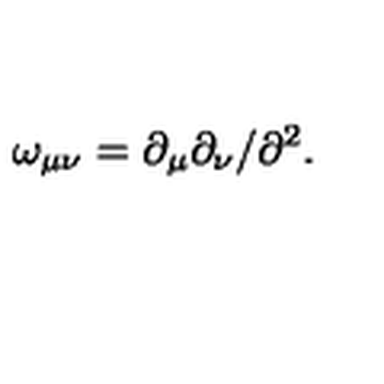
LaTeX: \omega _ { \mu \nu } = \partial _ { \mu } \partial _ { \nu } / \partial ^ { 2 } .